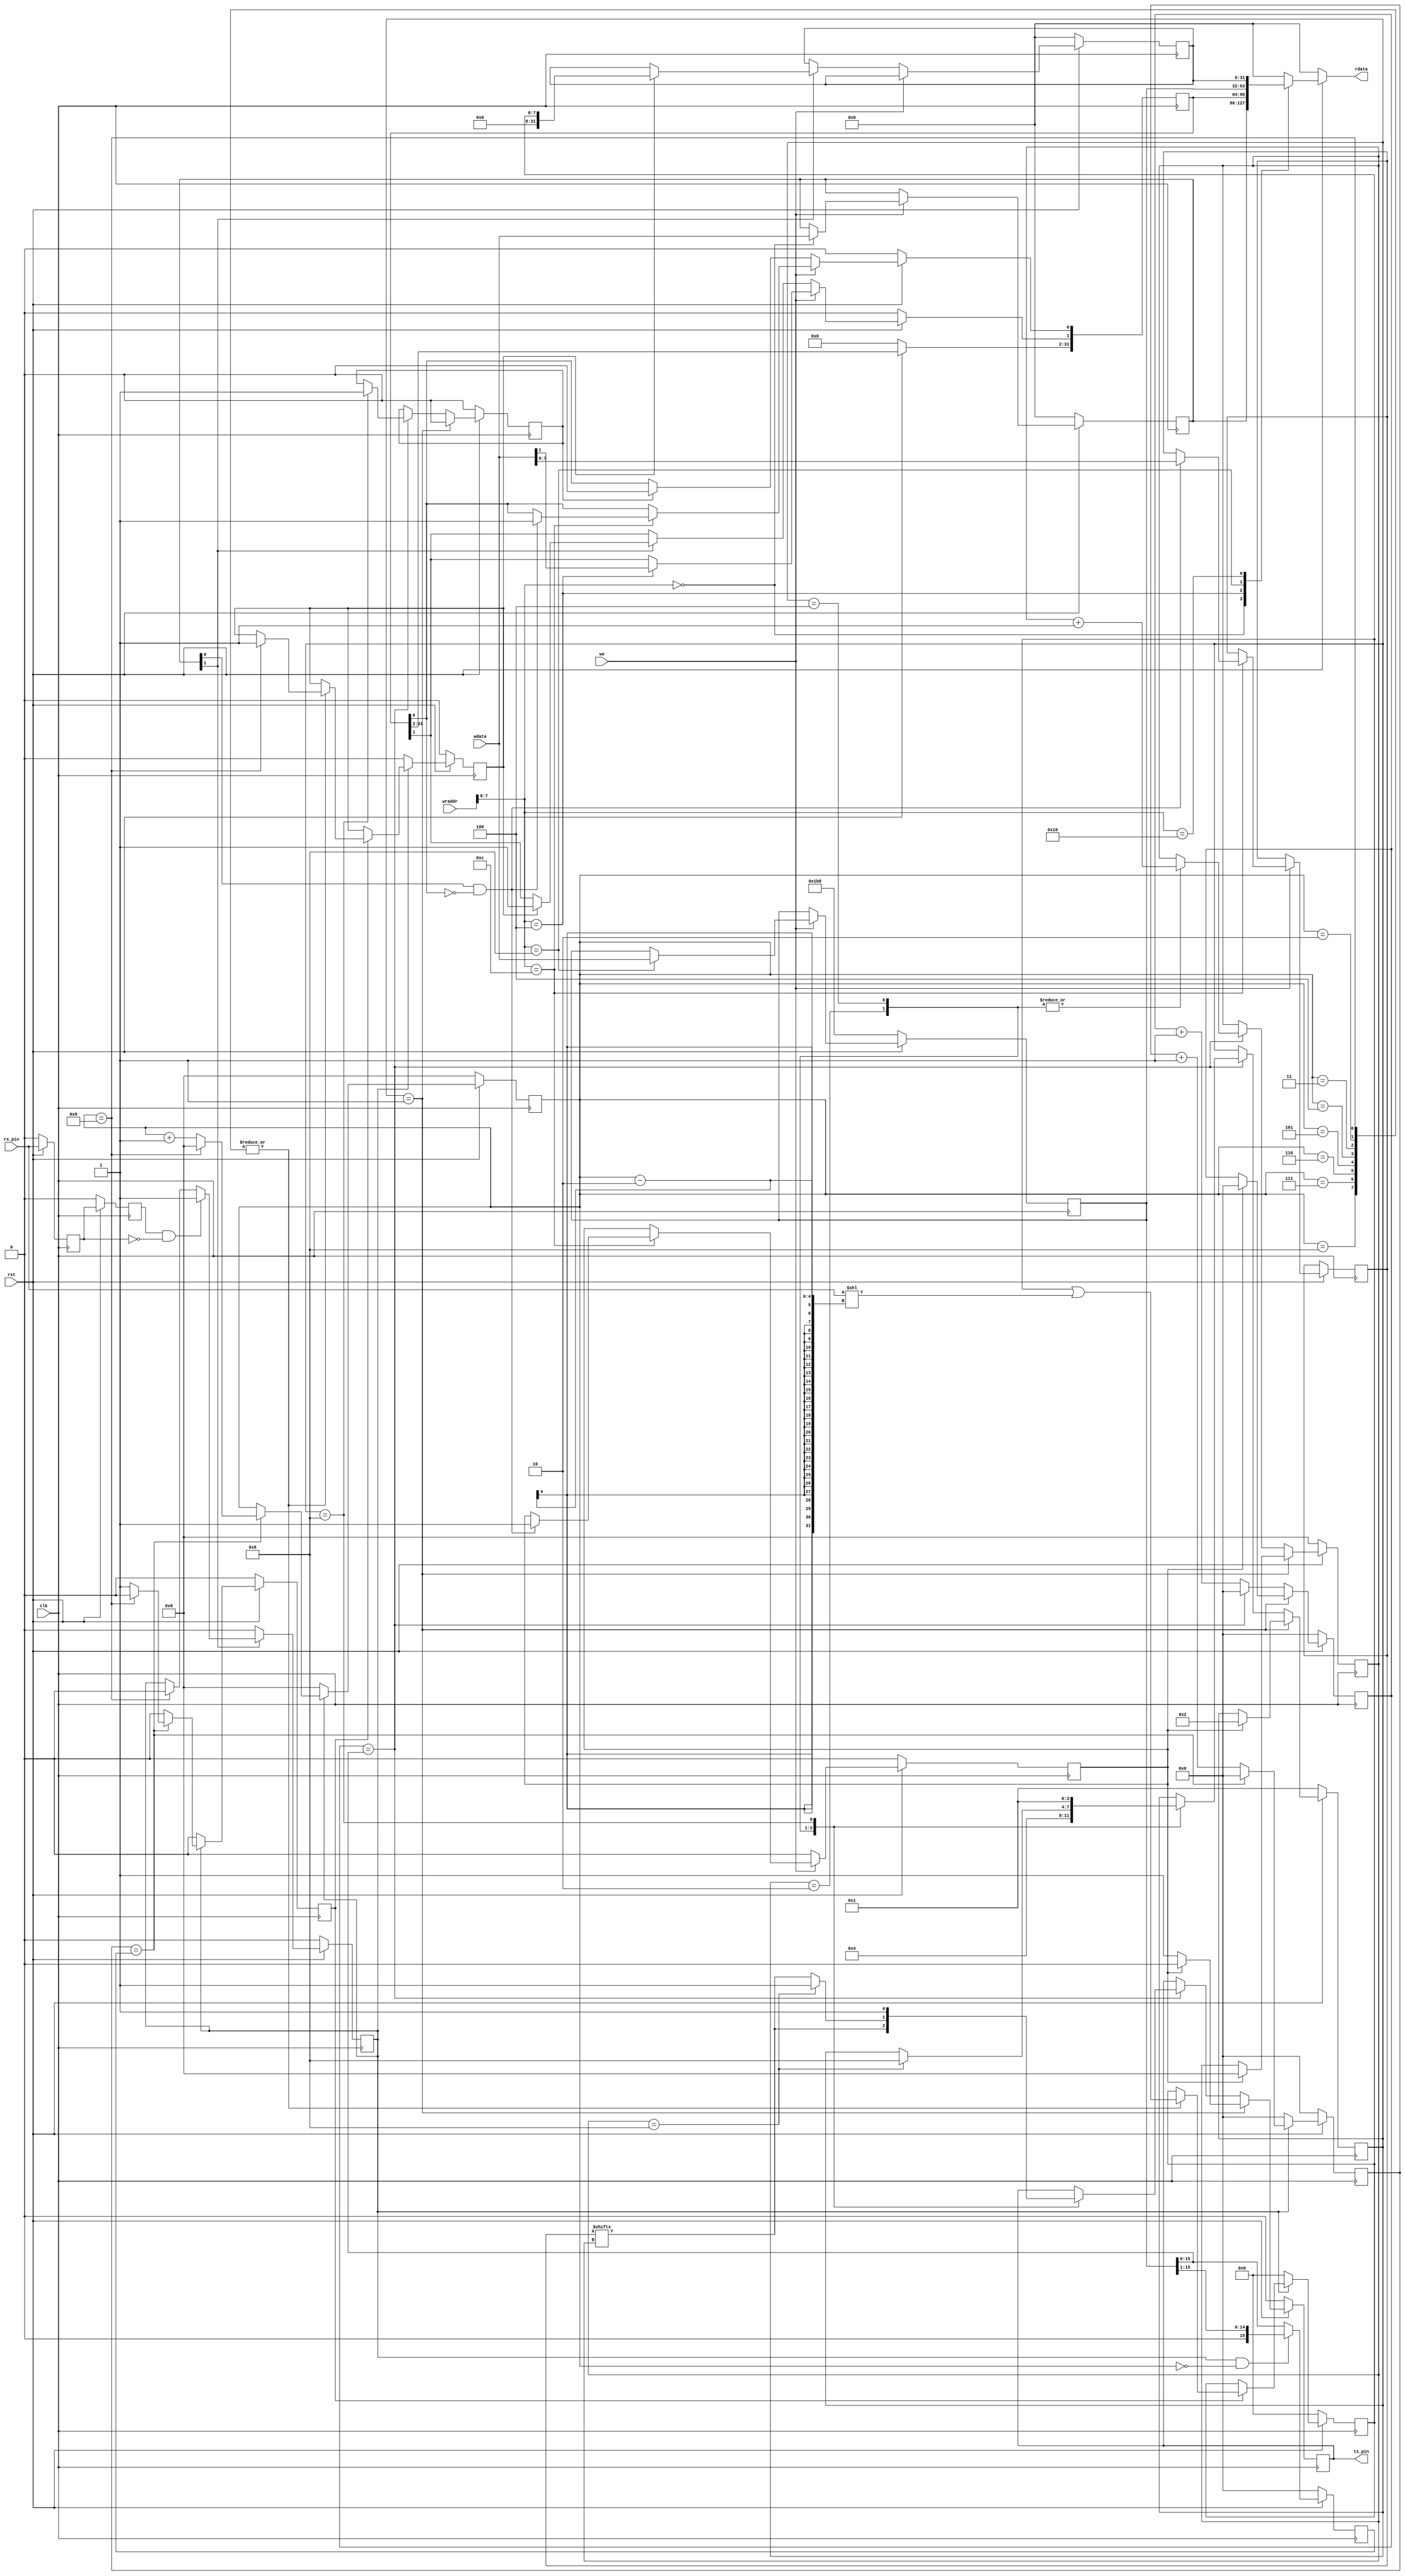

// 
// 115200115200
// 1/115200=             0.000008680555556
// 1G0.000000001
// 0.000008680
// 0.000008680x50MHz434

// (: 115200, 8 N 1)
// : 115200
// 8
// 
// 1
module uart(
    input wire clk,
    input wire rst,

    input wire we,
    input wire [31:0] wraddr,
    input wire [31:0] wdata,

    output reg [31:0] rdata,
	output wire tx_pin,
    input wire rx_pin
);

    // 50MHz115200bps
    // 115200
    localparam BAUD_115200 = 32'h1B8;

    localparam UART_IDLE       = 4'b0001;   // 
    localparam UART_START      = 4'b0010;   // 
    localparam UART_SEND_BYTE  = 4'b0100;   // 
    localparam UART_STOP       = 4'b1000;   // 

    reg tx_data_valid;      // 
    reg tx_data_ready;

    reg [3:0] state;
    reg [15:0] cycle_cnt;
    reg [3:0] bit_cnt;
    reg [7:0] tx_data;      // 
    reg tx_reg;             // 

    reg rx_q0;
    reg rx_q1;
    wire rx_negedge;
    reg rx_start;                      // RX
    reg [3:0] rx_clk_edge_cnt;          // clk
    reg rx_clk_edge_level;             // clk
    reg rx_done;
    reg [15:0] rx_clk_cnt;
    reg [15:0] rx_div_cnt;
    reg [7:0] rx_data;      // 
    reg rx_over;

    localparam UART_CTRL    = 8'h0;     // 
    localparam UART_STATUS  = 8'h4;     // 
    localparam UART_BAUD    = 8'h8;     // 
    localparam UART_TXDATA  = 8'hc;     // 
    localparam UART_RXDATA  = 8'h10;    // 

    // addr: 0x00
    // rw. bit[0]: tx enable, 1 = enable, 0 = disable
    // rw. bit[1]: rx enable, 1 = enable, 0 = disable
    // uarttxrx
    reg [31:0] uart_ctrl;

    // addr: 0x04
    // ro. bit[0]: tx busy, 1 = busy, 0 = idle
    // rw. bit[1]: rx over, 1 = over, 0 = receiving
    // must check this bit before tx data
    // uart
    reg [31:0] uart_status;

    // addr: 0x08
    // rw. clk div
    // 
    reg [31:0] uart_baud;

    // addr: 0x10
    // ro. rx data
    // 
    reg [31:0] uart_rx;

    assign tx_pin = tx_reg;


    // 
    always @ (posedge clk) begin
        if (rst == 1'b0) begin
            uart_ctrl <= 32'h0;
            uart_status <= 32'h0;
            uart_rx <= 32'h0;
            uart_baud <= BAUD_115200;
            tx_data_valid <= 1'b0;
        end else begin
            // 
            if (we == 1'b1) begin
                // 
                case (wraddr[7:0])
                    UART_CTRL: begin
                        uart_ctrl <= wdata;
                    end
                    UART_BAUD: begin
                        uart_baud <= wdata;
                    end
                    UART_STATUS: begin
                        uart_status[1] <= wdata[1];
                    end
                    UART_TXDATA: begin
                        // 0tx_data_valid1
                        if (uart_ctrl[0] == 1'b1 && uart_status[0] == 1'b0) begin
                            tx_data <= wdata[7:0];
                            uart_status[0] <= 1'b1;
                            tx_data_valid <= 1'b1;
                        end
                    end
                endcase
            // 
            end else begin
                // 
                tx_data_valid <= 1'b0;
                if (tx_data_ready == 1'b1) begin
                    uart_status[0] <= 1'b0;
                end
                // 
                if (uart_ctrl[1] == 1'b1) begin
                    // 
                    if (rx_over == 1'b1) begin
                        uart_status[1] <= 1'b1;
                        uart_rx <= {24'h0, rx_data};
                    end
                end
            end
        end
    end

    // 
    always @ (*) begin
        if (rst == 1'b0) begin
            rdata = 32'h0;
        end else begin
            case (wraddr[7:0])
                UART_CTRL: begin
                    rdata = uart_ctrl;
                end
                UART_STATUS: begin
                    rdata = uart_status;
                end
                UART_BAUD: begin
                    rdata = uart_baud;
                end
                UART_RXDATA: begin
                    rdata = uart_rx;
                end
                default: begin
                    rdata = 32'h0;
                end
            endcase
        end
    end

    // *************************** TX ****************************

    always @ (posedge clk) begin
        if (rst == 1'b0) begin
            state <= UART_IDLE;
            cycle_cnt <= 16'd0;
            tx_reg <= 1'b0;
            bit_cnt <= 4'd0;
            tx_data_ready <= 1'b0;
        end else begin
            if (state == UART_IDLE) begin
                tx_reg <= 1'b1;
                tx_data_ready <= 1'b0;
                if (tx_data_valid == 1'b1) begin
                    state <= UART_START;
                    cycle_cnt <= 16'd0;
                    bit_cnt <= 4'd0;
                    tx_reg <= 1'b0;
                end
            end else begin
                cycle_cnt <= cycle_cnt + 16'd1;
                if (cycle_cnt == uart_baud[15:0]) begin
                    cycle_cnt <= 16'd0;
                    case (state)
                        UART_START: begin
                            tx_reg <= tx_data[bit_cnt];
                            state <= UART_SEND_BYTE;
                            bit_cnt <= bit_cnt + 4'd1;
                        end
                        UART_SEND_BYTE: begin
                            bit_cnt <= bit_cnt + 4'd1;
                            if (bit_cnt == 4'd8) begin
                                state <= UART_STOP;
                                tx_reg <= 1'b1;
                            end else begin                
                                tx_reg <= tx_data[bit_cnt];
                            end
                        end
                        UART_STOP: begin
                            tx_reg <= 1'b1;
                            state <= UART_IDLE;
                            tx_data_ready <= 1'b1;
                        end
                    endcase
                end
            end
        end
    end

    // *************************** RX ****************************

    // ()
    assign rx_negedge = rx_q1 && ~rx_q0;


    always @ (posedge clk) begin
        if (rst == 1'b0) begin
            rx_q0 <= 1'b0;
            rx_q1 <= 1'b0;	
        end else begin
            rx_q0 <= rx_pin;
            rx_q1 <= rx_q0;
        end
    end

    // 
    always @ (posedge clk) begin
        if (rst == 1'b0) begin
            rx_start <= 1'b0;
        end else begin
            if (uart_ctrl[1]) begin
                if (rx_negedge) begin
                    rx_start <= 1'b1;
                end else if (rx_clk_edge_cnt == 4'd9) begin
                    rx_start <= 1'b0;
                end
            end else begin
                rx_start <= 1'b0;
            end
        end
    end

    always @ (posedge clk) begin
        if (rst == 1'b0) begin
            rx_div_cnt <= 16'h0;
        end else begin
            // 
            if (rx_start == 1'b1 && rx_clk_edge_cnt == 4'h0) begin
                rx_div_cnt <= {1'b0, uart_baud[15:1]};
            end else begin
                rx_div_cnt <= uart_baud[15:0];
            end
        end
    end

    // 
    always @ (posedge clk) begin
        if (rst == 1'b0) begin
            rx_clk_cnt <= 16'h0;
        end else if (rx_start == 1'b1) begin
            // 
            if (rx_clk_cnt == rx_div_cnt) begin
                rx_clk_cnt <= 16'h0;
            end else begin
                rx_clk_cnt <= rx_clk_cnt + 1'b1;
            end
        end else begin
            rx_clk_cnt <= 16'h0;
        end
    end

    // 
    always @ (posedge clk) begin
        if (rst == 1'b0) begin
            rx_clk_edge_cnt <= 4'h0;
            rx_clk_edge_level <= 1'b0;
        end else if (rx_start == 1'b1) begin
            // 
            if (rx_clk_cnt == rx_div_cnt) begin
                // 
                if (rx_clk_edge_cnt == 4'd9) begin
                    rx_clk_edge_cnt <= 4'h0;
                    rx_clk_edge_level <= 1'b0;
                end else begin
                    // 1
                    rx_clk_edge_cnt <= rx_clk_edge_cnt + 1'b1;
                    // 
                    rx_clk_edge_level <= 1'b1;
                end
            end else begin
                rx_clk_edge_level <= 1'b0;
            end
        end else begin
            rx_clk_edge_cnt <= 4'h0;
            rx_clk_edge_level <= 1'b0;
        end
    end

    // bit
    always @ (posedge clk) begin
        if (rst == 1'b0) begin
            rx_data <= 8'h0;
            rx_over <= 1'b0;
        end else begin
            if (rx_start == 1'b1) begin
                // 
                if (rx_clk_edge_level == 1'b1) begin
                    case (rx_clk_edge_cnt)
                        // 
                        1: begin

                        end
                        // 
                        2, 3, 4, 5, 6, 7, 8, 9: begin
                            rx_data <= rx_data | (rx_pin << (rx_clk_edge_cnt - 2));
                            // 
                            if (rx_clk_edge_cnt == 4'h9) begin
                                rx_over <= 1'b1;
                            end
                        end
                    endcase
                end
            end else begin
                rx_data <= 8'h0;
                rx_over <= 1'b0;
            end
        end
    end

endmodule